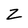
Character: Z